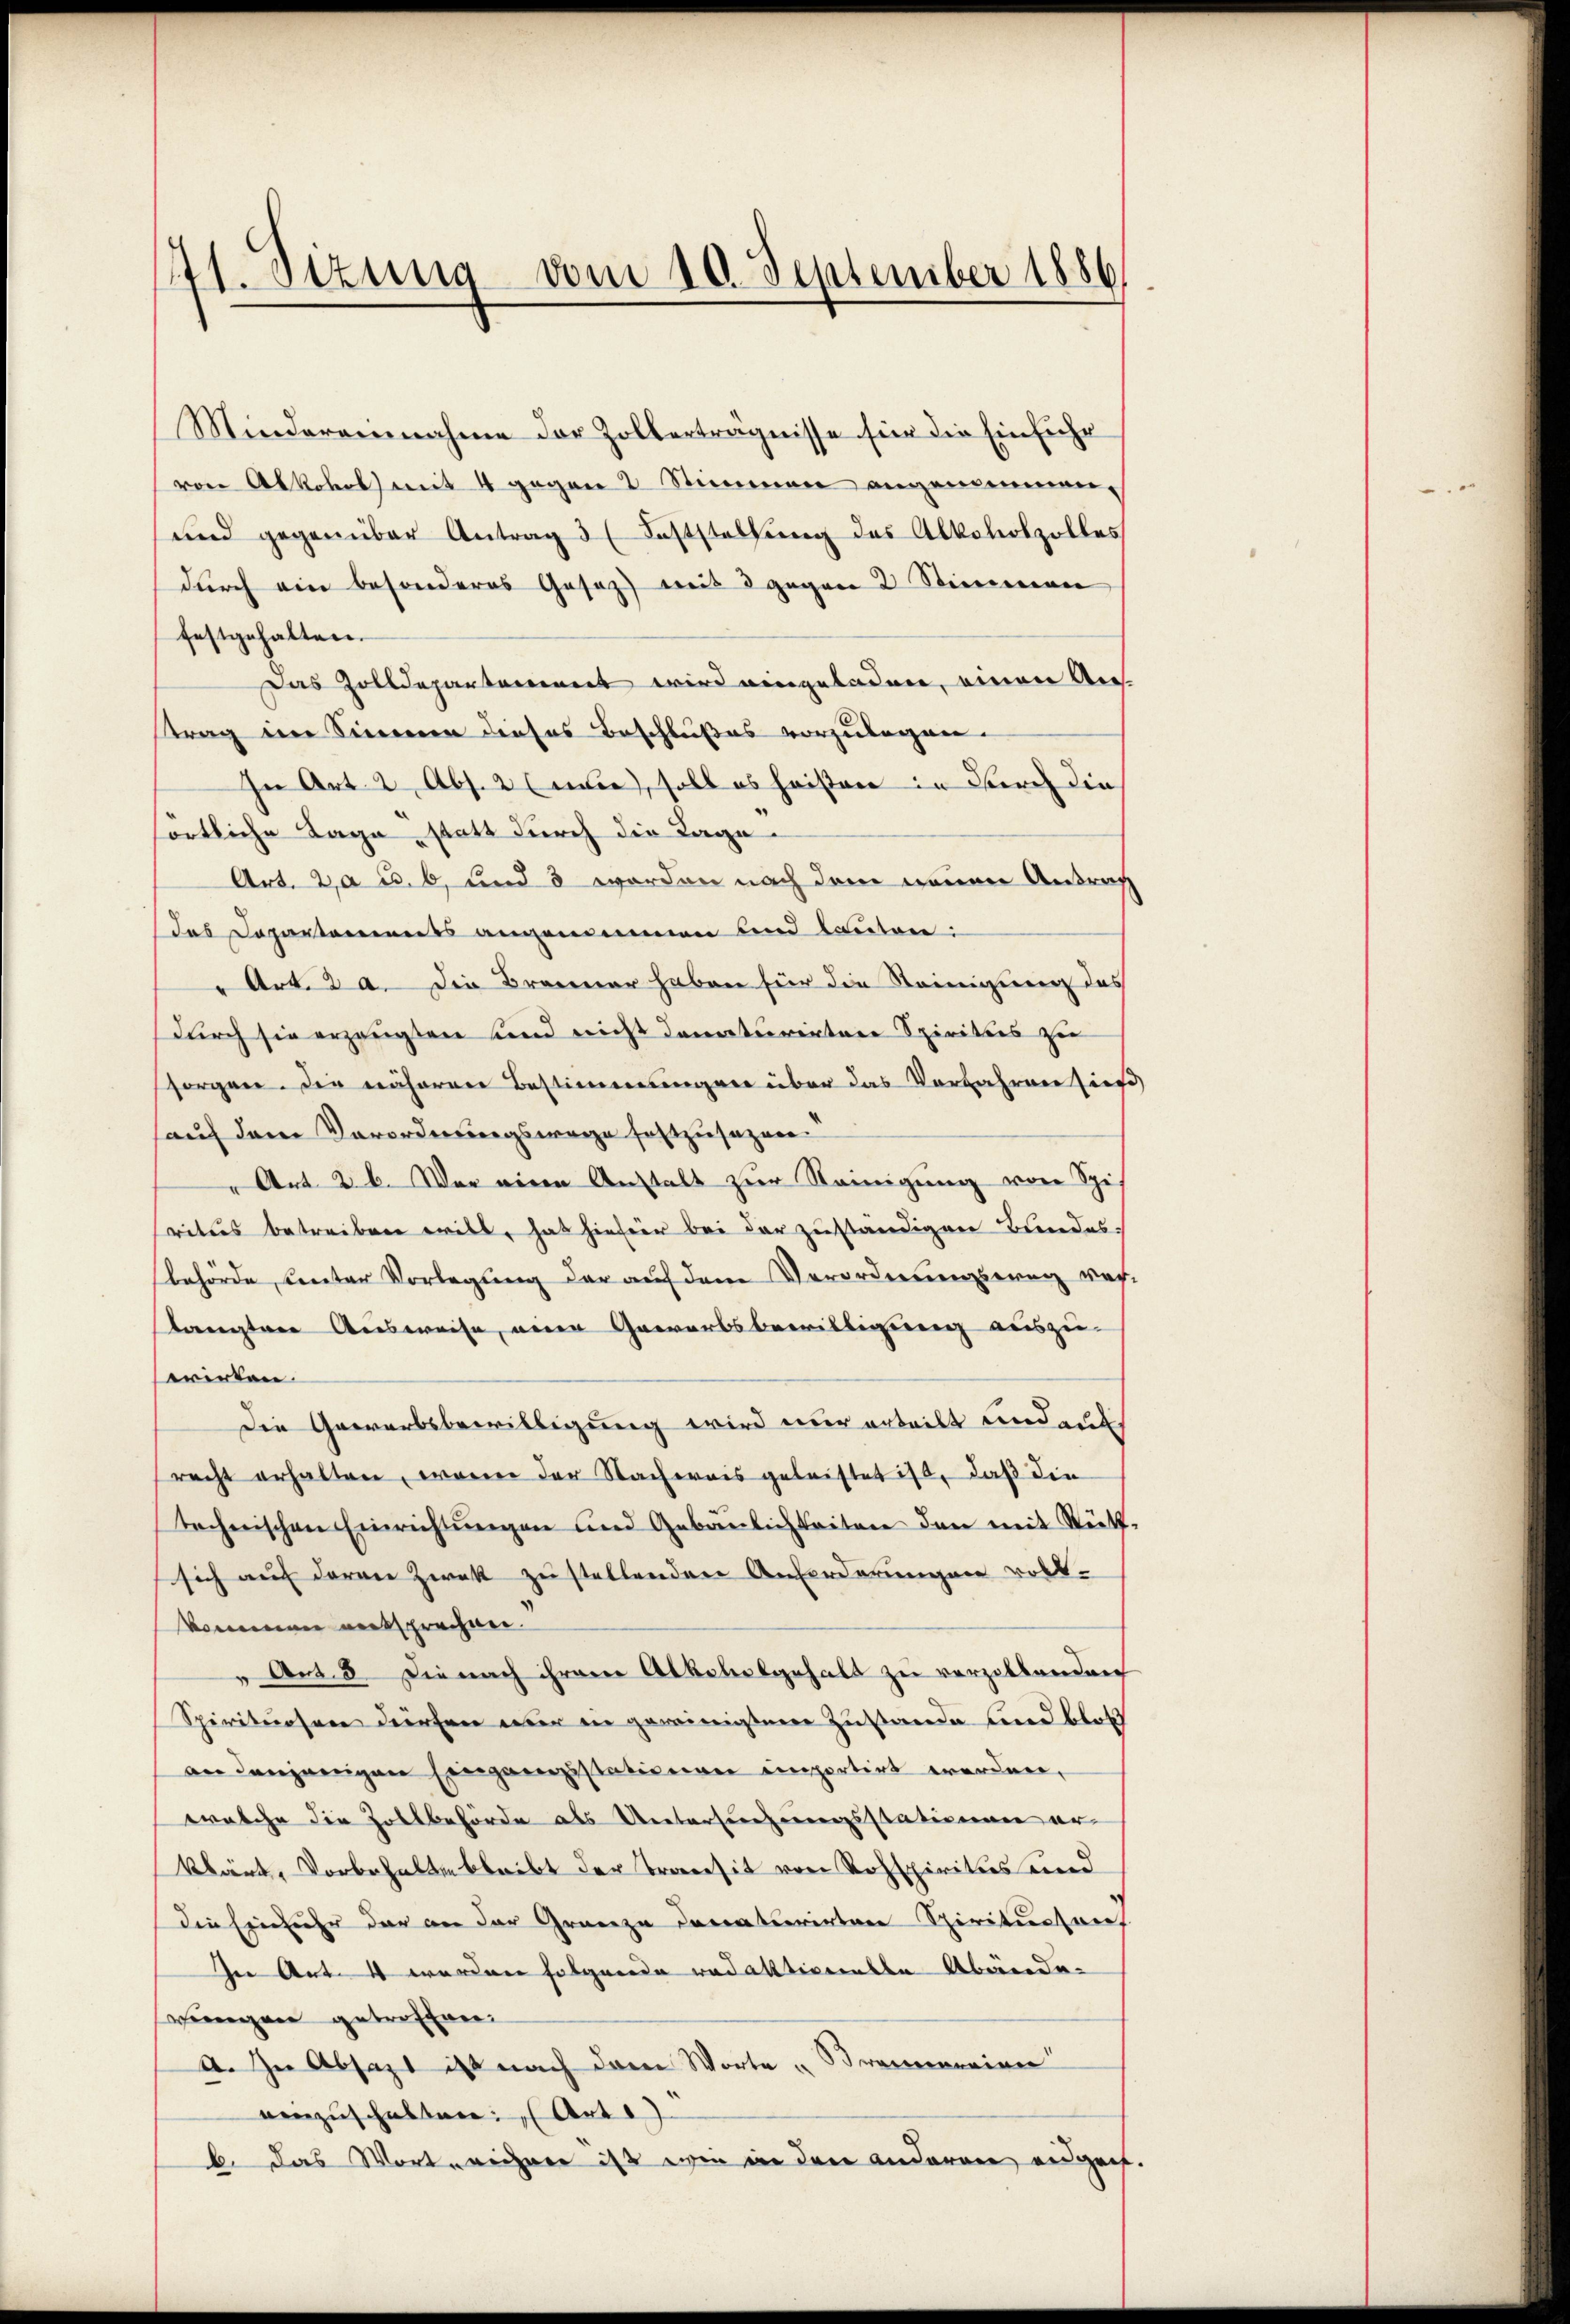
11. Sizung vom 10. September 1886.
)

festgehalten.
sörtliche Lage, statt durch die Tage.
Art. 20 u. 6, und 3 worden nach dem neuen Antrag
das Departemendes angenommen und lauten:
" Art. 2 a. Die Brenner haben für die Seinigung des
durch sie erzeugten sind nicht danerkereitere Spirities zu
sorgen. Die näheren Bestimmungen über das Verfahren hieß
auf dem Verordnungswege festzusagen.
" Art. 26. War einen Anstalt zur Neinigung von Spi-
rites betreiben will, hat hiefür bei der zuständigen Bundes:
behörde unter Vorlegung der auf dem Verordnungsweg verlangter Ausweise, eine Gewerbsbewilligung auszu-
erirten.
Die Gewerbsbewilligung wird nur erteilt und ent
recht erhalten, worin der Nachweis geleistet ist, daß die
technischen Einrichtŭngen und Gebäulichkeiten den mit Stütz-
sich auf deren Zwek zu stellenden Anforderungen voll-
kommen entsprechen.
" Art. 8. Die nach ihrem Albelabgehalt zu verzollenden
Spirituosen dürfen nur in gereinigten Zustande und bloß
an denjenigen Eingangsstationen einportirt worden,
welche die Zollbehörde als Untersuchungsstationen er
klärt, Vorbehalten bleibt der Transit von Rohspiritus und
die Einfuhr der an der Granza deraturirten Spiritus rief
Ien Art. 4 worden folgende redaktiverste Abände-
wungen getreffen.
a. In Absagt ist nach dem Worte „Brammerien
enzuschalten: „Art
b. Das Wort rechnen ist wie in den anderen augen.

Minderannahme der Zolberträgnisse für die Einführ
von Abkohol mit 4 gegen 2 Stimmen angemeinen.
und gegenüber Antrag 3 Faststellung des Alkoholzolles
durch ein besonderes Gesaz) mit 8 gegen 2 Stimmen
Das Zolldepartement wird eingeladen, einen An-
strag im Sinneren dieses Beschlußes vorzulegen-
In Art. 2 Abs. 2 (m), soll es heisten in durch die